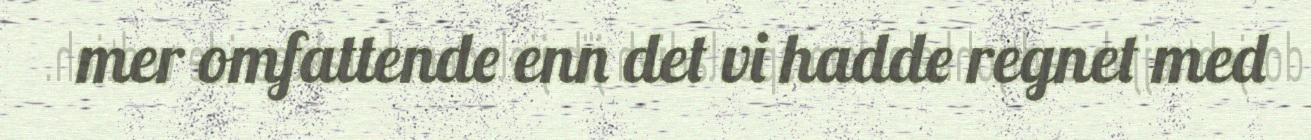
mer omfattende enn det vi hadde regnet med